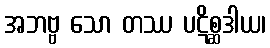
အဘဗ္ဗ သော တဿ ပဋိစ္ဆဒါယ၊